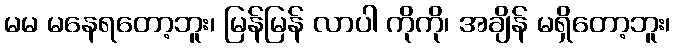
မမ မနေရတော့ဘူး၊ မြန်မြန် လာပါ ကိုကို၊ အချိန် မရှိတော့ဘူး၊